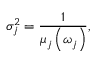
\sigma _ { j } ^ { 2 } = \frac { 1 } { \mu _ { j } \left( \omega _ { j } \right) } ,